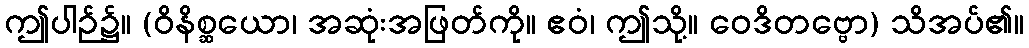
ဤပါဉ်၌။ (ဝိနိစ္ဆယော၊ အဆုံးအဖြတ်ကို။ ဧဝံ၊ ဤသို့။ ဝေဒိတဗ္ဗော) သိအပ်၏။